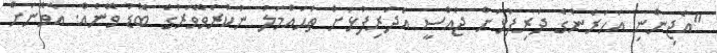
"އެޖިންނި އަހަރެންގެ ދަރިފުޅަށް ޖެއްސީ އެދަރިފުޅަށް ތަޙައްމަލު ނުކުރެވޭވަރުގެ ބޮޑު ވޭނެއް. އެވޭނަށް